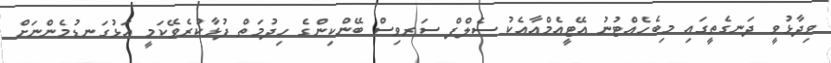
ވިދާޅުވީ ދަނގެތީގައި މިބެހެއްޓުނު އޭޓީއެމްއާއެކު ސެލްފް ސަރވިސް ބޭންކިންގެ ހިދުމަތް ފުޅާކުރެވޭކަމީ އަޅުގަނޑުމެންނަށް